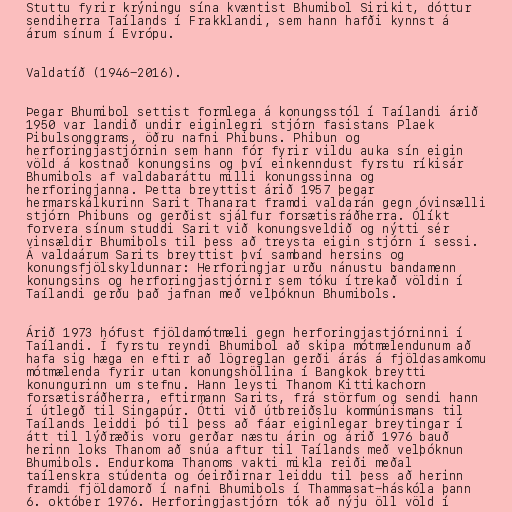
Stuttu fyrir krýningu sína kvæntist Bhumibol Sirikit, dóttur
sendiherra Taílands í Frakklandi, sem hann hafði kynnst á
árum sínum í Evrópu.

Valdatíð (1946-2016).

Þegar Bhumibol settist formlega á konungsstól í Taílandi árið
1950 var landið undir eiginlegri stjórn fasistans Plaek
Pibulsonggrams, öðru nafni Phibuns. Phibun og
herforingjastjórnin sem hann fór fyrir vildu auka sín eigin
völd á kostnað konungsins og því einkenndust fyrstu ríkisár
Bhumibols af valdabaráttu milli konungssinna og
herforingjanna. Þetta breyttist árið 1957 þegar
hermarskálkurinn Sarit Thanarat framdi valdarán gegn óvinsælli
stjórn Phibuns og gerðist sjálfur forsætisráðherra. Ólíkt
forvera sínum studdi Sarit við konungsveldið og nýtti sér
vinsældir Bhumibols til þess að treysta eigin stjórn í sessi.
Á valdaárum Sarits breyttist því samband hersins og
konungsfjölskyldunnar: Herforingjar urðu nánustu bandamenn
konungsins og herforingjastjórnir sem tóku ítrekað völdin í
Taílandi gerðu það jafnan með velþóknun Bhumibols.

Árið 1973 hófust fjöldamótmæli gegn herforingjastjórninni í
Taílandi. Í fyrstu reyndi Bhumibol að skipa mótmælendunum að
hafa sig hæga en eftir að lögreglan gerði árás á fjöldasamkomu
mótmælenda fyrir utan konungshöllina í Bangkok breytti
konungurinn um stefnu. Hann leysti Thanom Kittikachorn
forsætisráðherra, eftirmann Sarits, frá störfum og sendi hann
í útlegð til Singapúr. Ótti við útbreiðslu kommúnismans til
Taílands leiddi þó til þess að fáar eiginlegar breytingar í
átt til lýðræðis voru gerðar næstu árin og árið 1976 bauð
herinn loks Thanom að snúa aftur til Taílands með velþóknun
Bhumibols. Endurkoma Thanoms vakti mikla reiði meðal
taílenskra stúdenta og óeirðirnar leiddu til þess að herinn
framdi fjöldamorð í nafni Bhumibols í Thammasat-háskóla þann
6. október 1976. Herforingjastjórn tók að nýju öll völd í